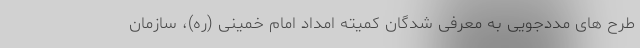
طرح های مددجویی به معرفی شدگان کمیته امداد امام خمینی (ره)، سازمان